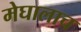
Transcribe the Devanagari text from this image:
मेघालाच